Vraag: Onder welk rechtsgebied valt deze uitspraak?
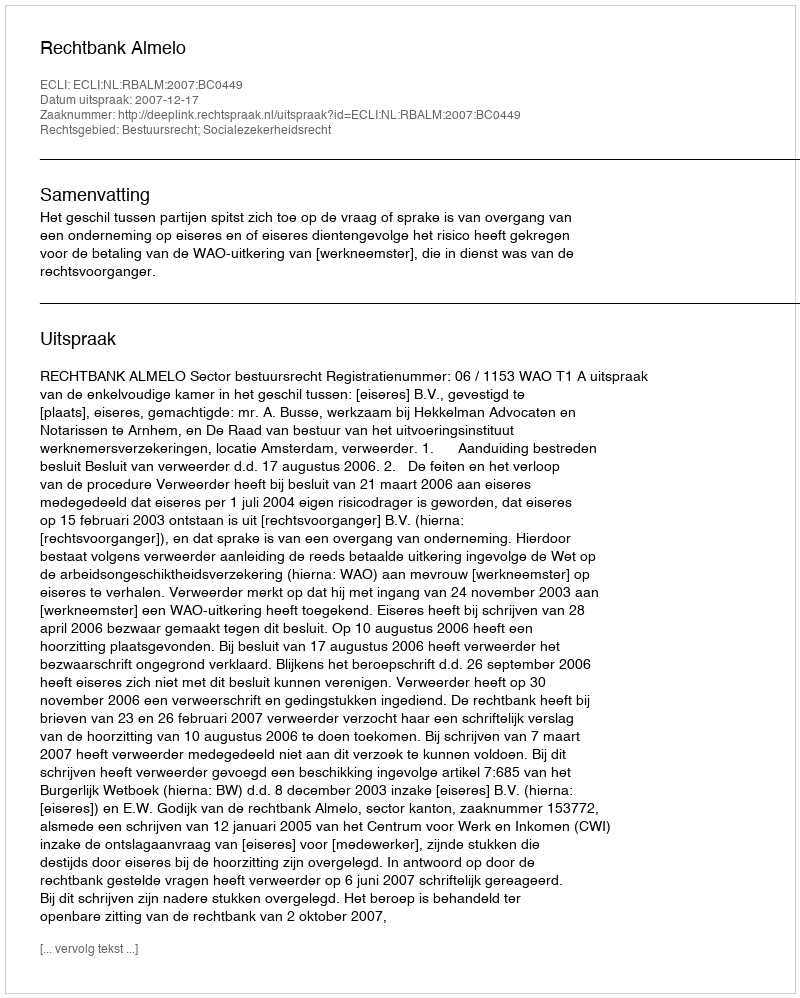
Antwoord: Bestuursrecht; Socialezekerheidsrecht